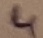
Text: 4